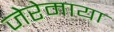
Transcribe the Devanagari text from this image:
जेरेमाया